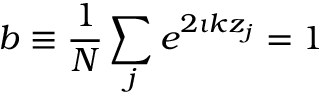
b \equiv \frac { 1 } { N } \sum _ { j } e ^ { 2 \imath k z _ { j } } = 1